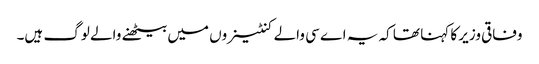
وفاقی وزیر کا کہنا تھا کہ یہ اے سی والے کنٹینروں میں بیٹھنے والے لوگ ہیں۔